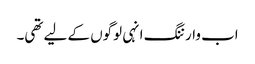
اب وارننگ انہی لوگوں کے لیے تھی۔